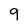
Character: 9